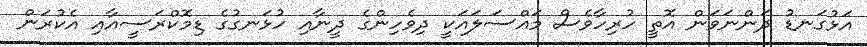
އަޅުގަނޑު ދަންނަވަން އޮތީ ހުރިހާވެސް މައްސަލައަކީ ދިވެހިންގެ ދީނާއި ހުޅަނގުގެ ޑިމޮކްރަސީއާއި އެކުރަން